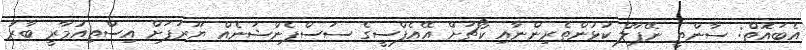
އެބައޮތް: ސާންތީ ނޭޕާލް ކުޅުންތެރިންނާއި ކޯޗަށް އޭއެފްސީގެ ސަސްޕެންޝަނެއް ޔޫރަޕަށް އިސްތިއުމާރީ ބާރު